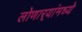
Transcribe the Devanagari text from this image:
लोणार्‍यांमध्ये